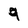
Character: 9